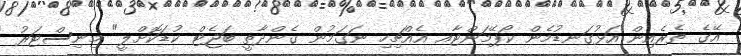
އޭގެ ތެރެއިން އަޅުގަނޑުމެން ކޯޕޭމަންޓާއ އެއްޗިހި ނަގަމުން ގެންދާތީ ބަޖެޓް ކުޑަކޮށްލީ" މިނިސްޓަރު